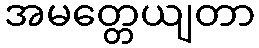
အမတ္တေယျတာ